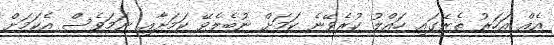
އެއް އަހަރު ތެރޭގައި ހައްލު ކުރެވޭނެ ކަމަށް ނުބެލެވޭ ކަމަށާއި ނަމަވެސް އެކަމަށް